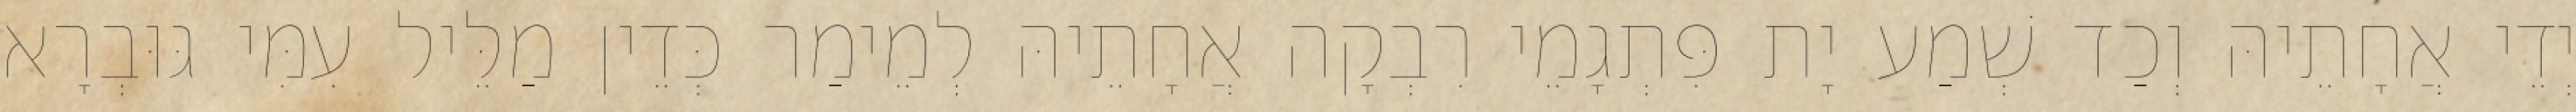
יְדֵי אֲחָתֵיהּ וְכַד שְׁמַע יָת פִּתְגָמֵי רִבְקָה אֲחָתֵיהּ לְמֵימַר כְּדֵין מַלֵּיל עִמִּי גּוּבְרָא